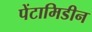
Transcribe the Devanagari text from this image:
पेंटामिडीन